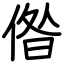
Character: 偺